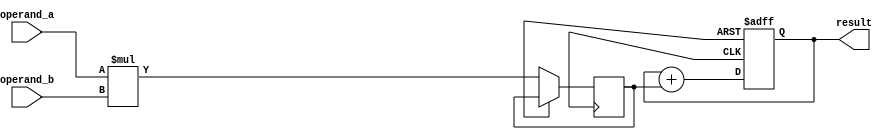
module fixed_point_multiplier(
    input [15:0] operand_a,
    input [15:0] operand_b,
    output reg [31:0] result
);

reg [31:0] accumulator;
reg [15:0] product;

always @(posedge clk or posedge rst) begin
    if (rst) begin
        accumulator <= 0;
    end else begin
        product <= operand_a * operand_b;
        accumulator <= accumulator + product;
    end
end

assign result = accumulator;

endmodule